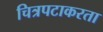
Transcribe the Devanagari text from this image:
चित्रपटाकरता